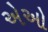
એઓ